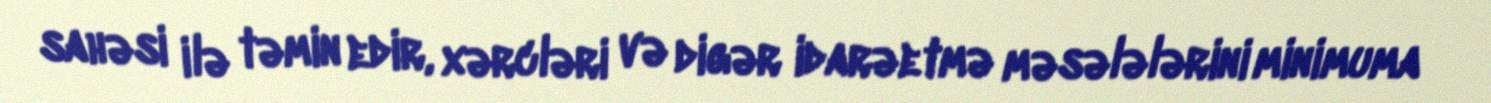
sahəsi ilə təmin edir, xərcləri və digər idarəetmə məsələlərini minimuma